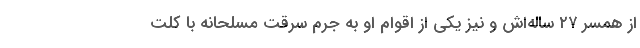
از همسر ۲۷ ساله‌اش و نیز یکی از اقوام او به جرم سرقت مسلحانه با کلت